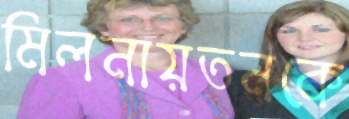
মিলনায়তনকে